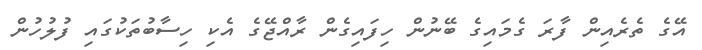
އޭގެ ތެރެއިން ފާރަ ގެމައިގެ ބޭނުން ހިފައިގެން ރާއްޖޭގެ އެކި ހިސާބުތަކުގައި ފުލުހުން